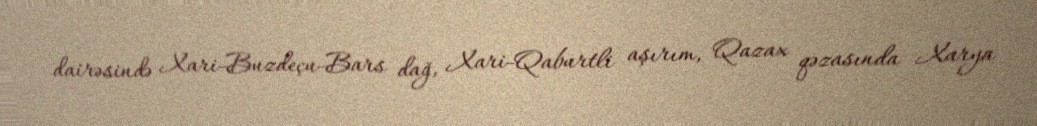
dairəsində Xari-Buzdeçu-Bars dağ, Xari-Qaburtli aşırım, Qazax qəzasında Xarya